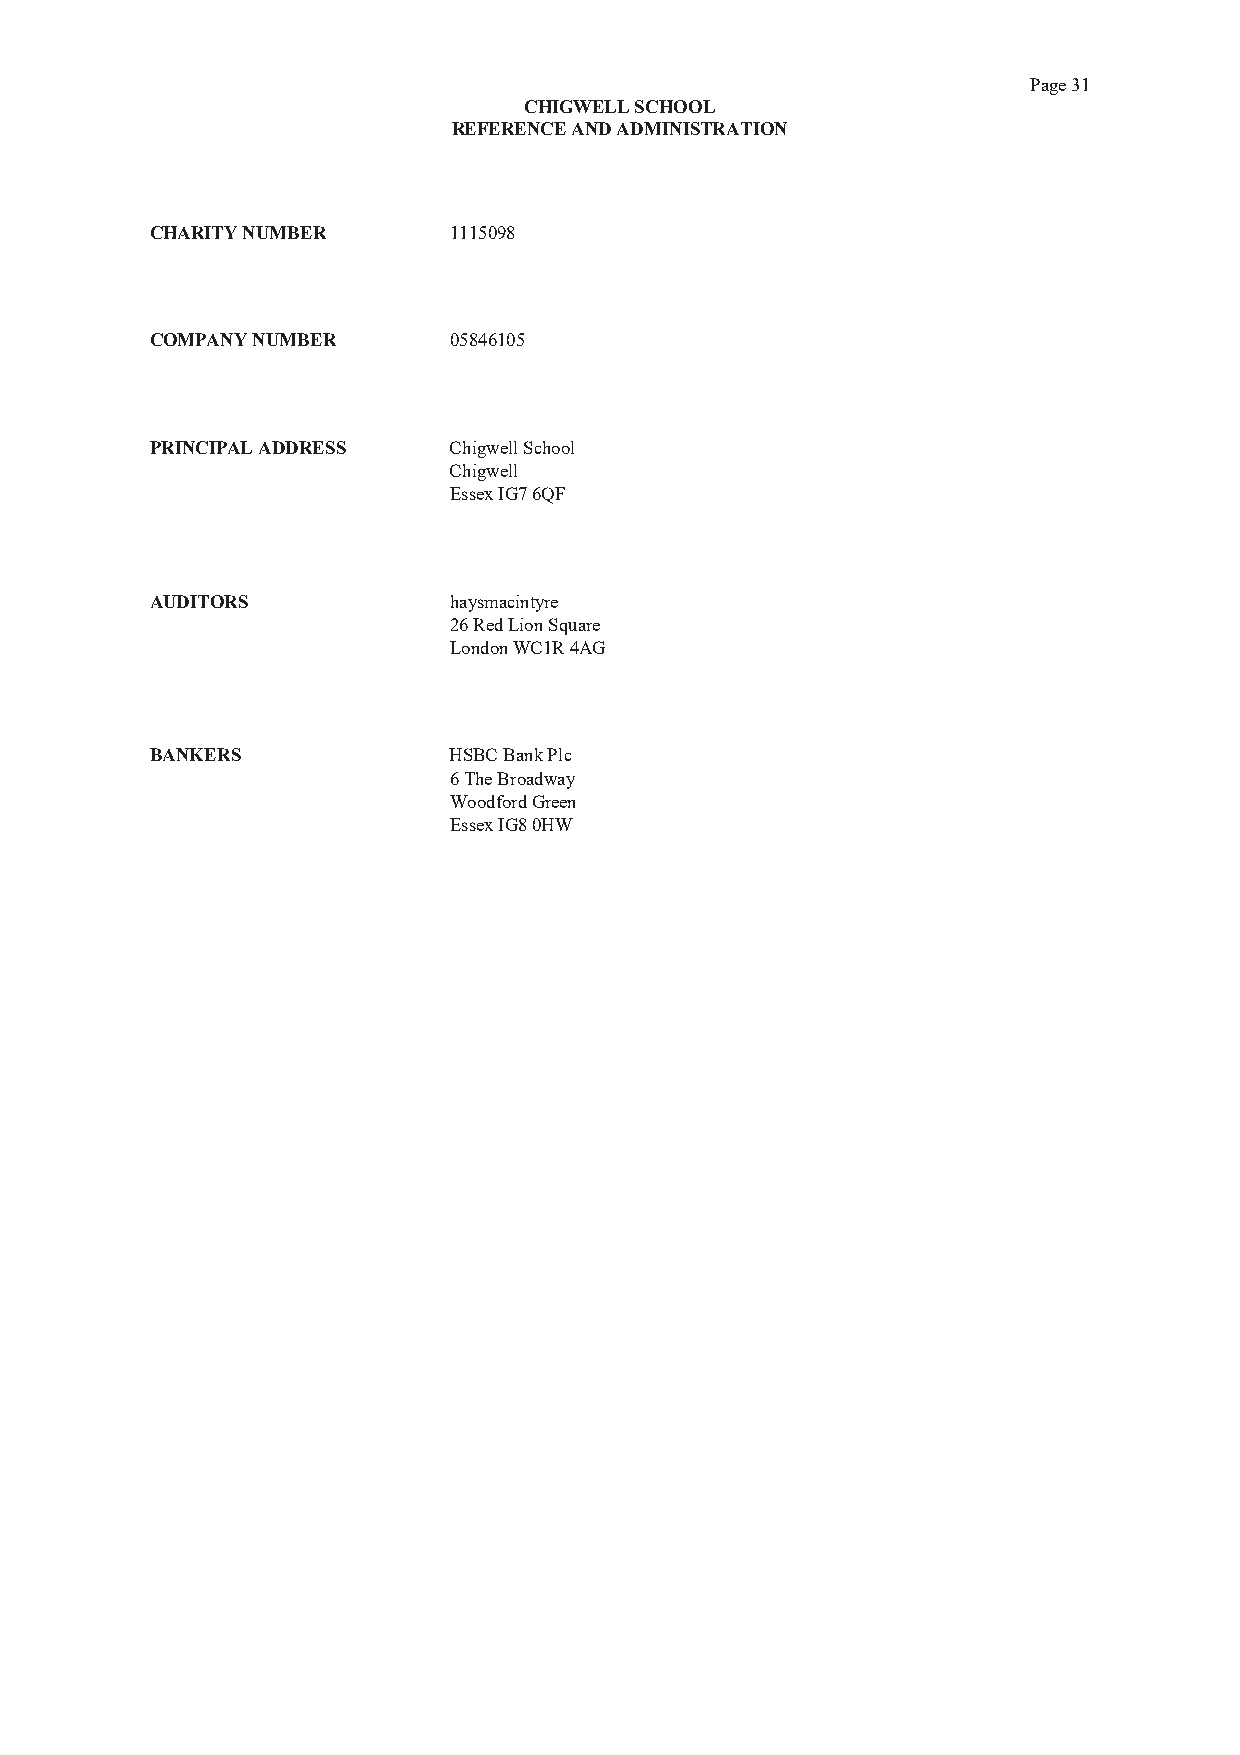
Page 31
 CHIGWELL SCHOOL
 REFERENCE AND ADMINISTRATION
 CHARITY NUMBER      1115098
 COMPANY NUMBER      05846105
 PRINCIPAL ADDRESS   Chigwell School
 Chigwell
 Essex IG7 6QF
 AUDITORS            haysmacintyre
 26 Red Lion Square
 London WC1R 4AG
 BANKERS             HSBC Bank Plc
 6 The Broadway
 Woodford Green
 Essex IG8 0HW